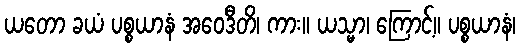
ယတော ခယံ ပစ္စယာနံ အဝေဒီတိ၊ ကား။ ယသ္မာ၊ ကြောင့်။ ပစ္စယာနံ၊